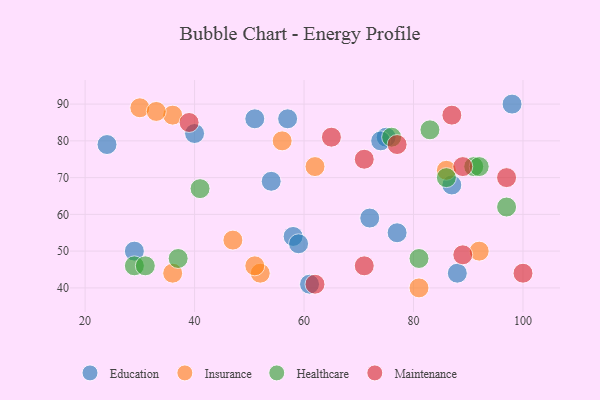
{"axis": {"x": "GDP", "y": "Life Expectancy"}, "legend": ["Education", "Healthcare", "Insurance", "Maintenance"], "data": [{"x": "88", "y": 44, "type": "Education"}, {"x": "75", "y": 81, "type": "Education"}, {"x": "98", "y": 90, "type": "Education"}, {"x": "29", "y": 50, "type": "Education"}, {"x": "51", "y": 86, "type": "Education"}, {"x": "54", "y": 69, "type": "Education"}, {"x": "77", "y": 55, "type": "Education"}, {"x": "87", "y": 68, "type": "Education"}, {"x": "24", "y": 79, "type": "Education"}, {"x": "57", "y": 86, "type": "Education"}, {"x": "58", "y": 54, "type": "Education"}, {"x": "72", "y": 59, "type": "Education"}, {"x": "59", "y": 52, "type": "Education"}, {"x": "40", "y": 82, "type": "Education"}, {"x": "61", "y": 41, "type": "Education"}, {"x": "74", "y": 80, "type": "Education"}, {"x": "36", "y": 44, "type": "Insurance"}, {"x": "52", "y": 44, "type": "Insurance"}, {"x": "47", "y": 53, "type": "Insurance"}, {"x": "30", "y": 89, "type": "Insurance"}, {"x": "92", "y": 50, "type": "Insurance"}, {"x": "36", "y": 87, "type": "Insurance"}, {"x": "56", "y": 80, "type": "Insurance"}, {"x": "86", "y": 72, "type": "Insurance"}, {"x": "62", "y": 73, "type": "Insurance"}, {"x": "33", "y": 88, "type": "Insurance"}, {"x": "51", "y": 46, "type": "Insurance"}, {"x": "81", "y": 40, "type": "Insurance"}, {"x": "91", "y": 73, "type": "Healthcare"}, {"x": "81", "y": 48, "type": "Healthcare"}, {"x": "97", "y": 62, "type": "Healthcare"}, {"x": "29", "y": 46, "type": "Healthcare"}, {"x": "83", "y": 83, "type": "Healthcare"}, {"x": "41", "y": 67, "type": "Healthcare"}, {"x": "86", "y": 70, "type": "Healthcare"}, {"x": "76", "y": 81, "type": "Healthcare"}, {"x": "92", "y": 73, "type": "Healthcare"}, {"x": "37", "y": 48, "type": "Healthcare"}, {"x": "31", "y": 46, "type": "Healthcare"}, {"x": "97", "y": 70, "type": "Maintenance"}, {"x": "87", "y": 87, "type": "Maintenance"}, {"x": "71", "y": 46, "type": "Maintenance"}, {"x": "89", "y": 73, "type": "Maintenance"}, {"x": "39", "y": 85, "type": "Maintenance"}, {"x": "71", "y": 75, "type": "Maintenance"}, {"x": "89", "y": 49, "type": "Maintenance"}, {"x": "77", "y": 79, "type": "Maintenance"}, {"x": "65", "y": 81, "type": "Maintenance"}, {"x": "100", "y": 44, "type": "Maintenance"}, {"x": "62", "y": 41, "type": "Maintenance"}]}